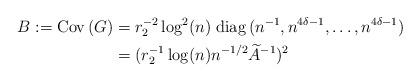
LaTeX: \begin{align*}B:={\rm Cov\,}(G)&=r_2^{-2}\log^2(n)\; {\rm diag\,}(n^{-1}, n^{4\delta-1},\ldots, n^{4\delta-1})\\ &= (r_2^{-1} \log(n)n^{-1/2}\widetilde A^{-1})^{2}\end{align*}